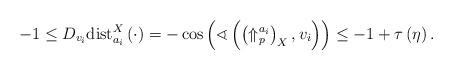
LaTeX: \begin{align*}-1\leq D_{v_{i}}\mathrm{dist}_{a_{i}}^{X}\left( \cdot \right) =-\cos \left(\sphericalangle \left( \left( \Uparrow _{p}^{a_{i}}\right) _{X},v_{i}\right)\right) \leq -1+\tau \left( \eta \right) . \label{clooooseat p}\end{align*}